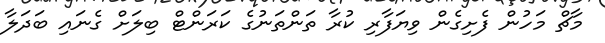
މާޗް މަހުން ފެށިގެން ވިޔަފާރި ކުރާ ތަންތަނުގެ ކަރަންޓް ބިލަށް ގެނައި ބަދަލާ